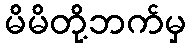
မိမိတို့ဘက်မှ